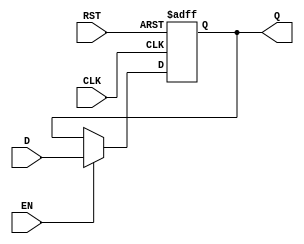
`timescale 1ns / 1ps
//////////////////////////////////////////////////////////////////////////////////
// Company: Tecnolgico de Costa Rica
// 
// Design Name: 
// Module Name: FF_D
// Project Name: 
// Target Devices: 
// Tool versions: 
// Description:  
//					
//////////////////////////////////////////////////////////////////////////////////

module FF_D	#(parameter P = 32)( //REGISTRO DE 32 BITS
    
    //INPUTS
    input wire CLK,         //RELOJ DEL SISTEMA
    input wire RST,         //RESET
    input wire EN,          //ENABLE
    input wire [P-1:0] D,   //ENTRADA
    //OUTPUTS
    output reg [P-1:0] Q    //SALIDA
    );

    always @(posedge CLK, posedge RST)
    begin
        if(RST)
            Q <= 0;
        else if(EN)
            Q <= D;
        else
            Q <= Q;
    end

endmodule